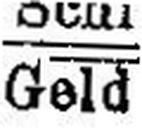
Geld